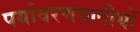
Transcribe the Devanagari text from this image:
पर्यावरणवादीयों